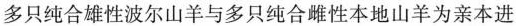
多只纯合雄性波尔山羊与多只纯合雌性本地山羊为亲本进_